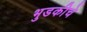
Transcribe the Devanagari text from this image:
भुडकीचे